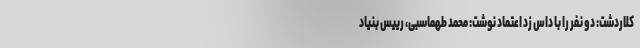
کلاردشت: دو نفر را با داس زد اعتماد نوشت: محمد طهماسبی، رییس بنیاد